King Institute of Preventive Medicine Micro-Biological Section reports 1909-11
Year: 1909
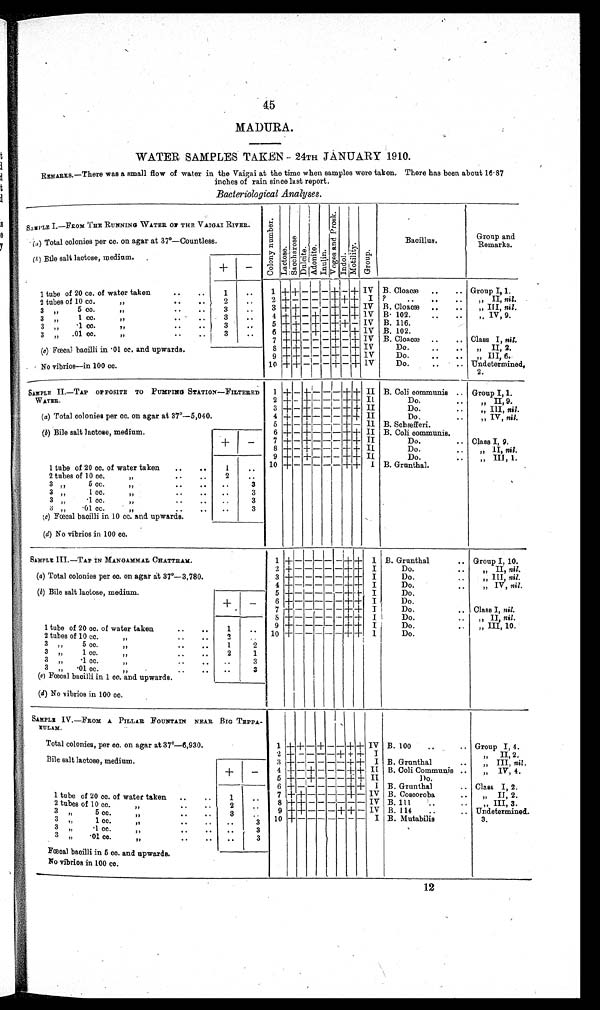
45
MADURA.
WATER SAMPLES TAKEN-24TH JANUARY 1910.
REMARKS.—There was a small flow of water in the Vaigai at the time when samples were taken. There has been about 16·87
inches of rain since last report.
Bacteriological Analyses .
SAMPLE I.—FROM THE RUNNING WATER ON THE VAIGAI RIVER.
C o l o n y n u m b e r . Lact ose.Sa c c h a r o s e . Dul ci te.Adoni te. I n u l i n .
V o g e s a n d P r o s k .
Indol.Mot i l i t y.Group.
Bacillus.
Group and
Remarks.
( a) Total colonies per cc. on agar at 37°—Countless.
( b) Bile salt lactose, medium.
+
−
1 tube of 20 cc. of water taken
1
1
+ +
− − −
+
−
+
IV B. Cloacæ
Group I, 1.
2 tubes of 10 cc. „
2 2
+
− − − −
+ + +
I ?
„ II, nil .
3 „ 5 cc. „
3
3
+ +
− − −
+
−
+
IV B. Cloacæ
„ III, nil .
3 „ 1 cc. „
3
4
+ +
−
+
−
+
−
+
IV B 102.
„ IV, 9.
3 „ ·1 cc. „
3
5
+ +
−
+
−
+ +
− IV B. 116.
3 „ ·01 cc. „
3
6
+ +
−
+
−
+
−
+
IV B. 102.
7 + + − − −
+
−
+
IV B. Cloacæ
Class I, nil.
(c ) Fœcal bacilli in ·01 cc. and upwards.
8
+ + − − −
+
−
+
IV
Do.
„ II, 2.
9
+ +
− − −
+
−
+
IV
Do.
„ III, 6.
No vibrios—in 100 cc.
10
+ +
− − −
+
−
+
IV
Do.
Undetermined,
2.
SAMPLE II.—TAP OPPOSITE TO PUMPING STATION—FILTERED
WATER.
1
+
−
+
−
−−
+ +
II B. Coli communis
Group I, 1.
2
+
−
+
− − −
+ +
I I
Do.
„ II, 9.
3
+
−
+
− − −
+ +
II
Do.
„ III, nil.
( a ) Total colonies per cc. on agar at 37°—5,040.
4
+
−
+
− − −
+ +
II
Do.
„ IV, nil.
5
+
−
+
− − −
+
−
II B. Sobæfferi.
(b) Bile salt lactose, medium.
6
+
−
+
− − −
+ +
II B. Coli communis.
+
−
7
+
−
+
− − −
+ +
II
Do.
Class I, 9.
8
+
−
+
− − −
+ +
II
Do.
„ II, nil.
9
+
−
+
− − −
+ +
II
Do.
„ III, 1.
1 tube of 20 cc. of water taken
1
10
+
− − − − −
+ +
I B. Grunthal.
2 tubes of 10 cc. „
2
3 „ 5 cc. „
3
3 „ 1 cc. „
3
3 „ ·1 cc. „
3
3 „ ·01 cc. „
3
(c) Fœcal bacilli in 10 cc. and upwards.
(d) No vibrios in 100 cc.
SAMPLE III.—TAP IN MANGAMMAL CHATTRAM.
1
+
− − − −
−
+ +
I B. Grunthal
Group I, 10.
2
+
− − − − −
+ +
I
Do.
„ II, nil.
(a) Total colonies per cc. on agar at 37°—3,780.
3
+
− − − − −
+ +
I
Do.
„ III, nil.
4
+
− − − − −
+ +
I
Do.
„ IV, nil.
(b) Bile salt lactose, medium.
5
+
− − − − −
+ +
I
Do.
+
−
6
+
− − − − −
+ +
I
Do.
7
+
− − −
− −
+ +
I
Do.
Class I, nil.
8
+
− − − − −
+ +
I
Do.
„ II, nil .
9
+
− − − − −
+ +
I
Do.
„ III, 10.
1 tube of 20 cc. of water taken
1
10
+
− − − − −
+ +
I
Do.
2 tubes of 10 cc. „
2
3 „ 5 cc. „
1
2
3 „ 1 cc. „
2
1
3 „ ·1 cc. „
3
3 „ ·01 cc.„
3
( c) Fœcal bacilli in 1 cc. and upwards.
(d) No vibrios in 100 cc.
SAMPLE IV.—FROM A PILLAR FOUNTAIN NEAR BIG TEPPA
KULAM.
Total colonies, per cc. on agar at 37°—6,930.
1
+ +
−
+
− −
+ +
IV B. 100
Group I, 4.
2
+
− − − −
+ + +
I
„ II, 2.
Bile salt lactose, medium.
3
+
− − − − −
+ +
I B. Grunthal
„ III, nil .
+ −
4
+
−
+
− − −
+ +
II
B. Coli Communis
„ IV, 4.
5
+
−
+
− − −
+ +
II
Do.
6
+
− − − − −
+ +
I
B. Grunthal
Class I, 2.
1tube of 20 cc. of water taken
1
7
+ +
− − − −
+
−
IV B. Coscoroba
„ II, 2.
2 tubes of 10 cc. „
2
8
+ +
− − − − − −
IV B. 111
„ III, 3.
3 „ 5 cc. „
3
9
+ +
− − −
+ +
−
IV B. 114
Undetermined.
3 „ 1cc „
3
10
+
− − − − − − −
I B. Mutabilis
3.
3 „ ·1
cc. „
3
3 „ ·01 cc. „
3
Fœcal bacilli in 5 cc. and upwards.
No vibrios in 100 cc.
12